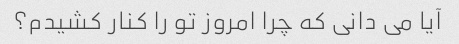
آیا می دانی که چرا امروز تو را کنار کشیدم؟